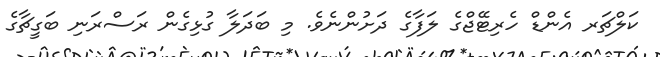
ކަލްޗަރ އެންޑް ހެރިޓޭޖްގެ ލަފާގެ ދަށުންނެވެ. މި ބަދަލާ ގުޅިގެން ރަސްރަނި ބަގީޗާގެ